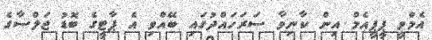
އެމްވީ ޕީޕީއެމް އިން ކާނިވާ ސަރަހައްދުގައި ބޭއްވި އެ ޕާޓީގެ ބޮޑު ޖަލްސާގެ